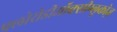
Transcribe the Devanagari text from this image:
फ्लोरोडीऑक्सीग्लूकोज़